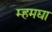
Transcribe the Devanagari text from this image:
म्हमद्या